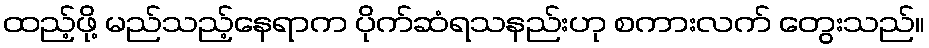
ထည့်ဖို့ မည်သည့်နေရာက ပိုက်ဆံရသနည်းဟု စကားလက် တွေးသည်။